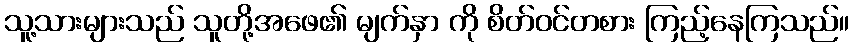
သူ့သားများသည် သူတို့အဖေ၏ မျက်နှာ ကို စိတ်ဝင်တစား ကြည့်နေကြသည်။